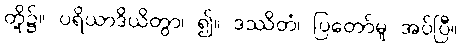
တို့၌။ ပရိယာဒိယိတွာ၊ ၍။ ဒဿိတံ၊ ပြတော်မူ အပ်ပြီ။